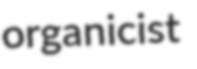
organicist